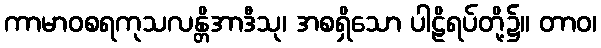
ကာမာဝစရကုသလန္တိအာဒီသု၊ အစရှိသော ပါဠိရပ်တို့၌။ တာဝ၊